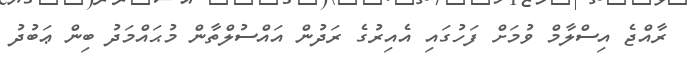
ރާއްޖެ އިސްލާމް ވުމަށް ފަހުގައި އެއިރުގެ ރަދުން އައްސުލްތާން މުޙައްމަދު ބިން ޢަބުދު